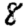
Digit: 8